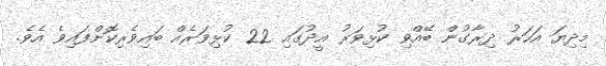
މިދިޔަ އަހަރު ދިރާގުން ބޭއްވި ކުޅިވަރު އީދުގައި 22 ކުޅިވަރެއް ބައިވެރިކޮށްފައިވެ އެވެ.